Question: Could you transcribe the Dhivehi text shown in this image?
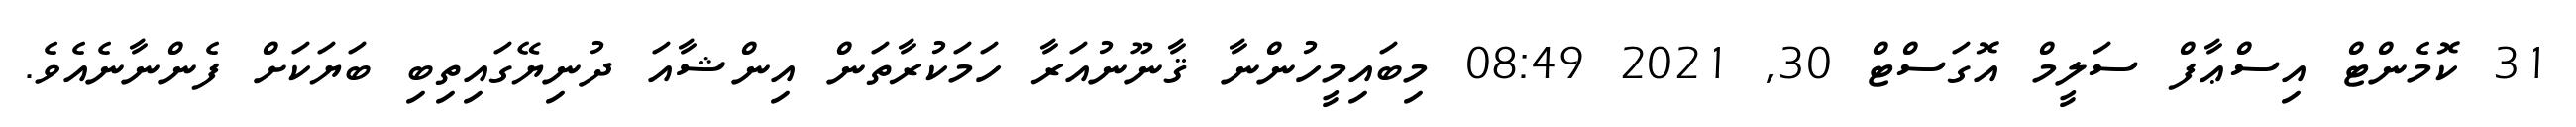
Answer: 31 ކޮމެންޓް އިސްޢާފް ސަލީމް އޮގަސްޓް 30, 2021 08:49 މިބައިމީހުންނާ ޤާނޫނުއަރާ ހަމަކުރާތަން އިންޝާއަ ދުނިޔޭގައިތިބި ބަޔަކަށް ފެންނާނެއެވެ.